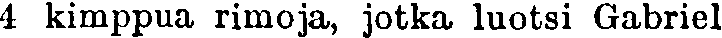
4 kimppua rimoja, jotka luotsi Gabriel